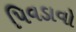
પિવડાવો